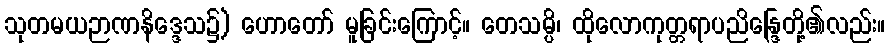
သုတမယဉာဏနိဒ္ဒေသ၌) ဟောတော် မူခြင်းကြောင့်။ တေသမ္ပိ၊ ထိုလောကုတ္တရာပညိန္ဒြေတို့၏လည်း။